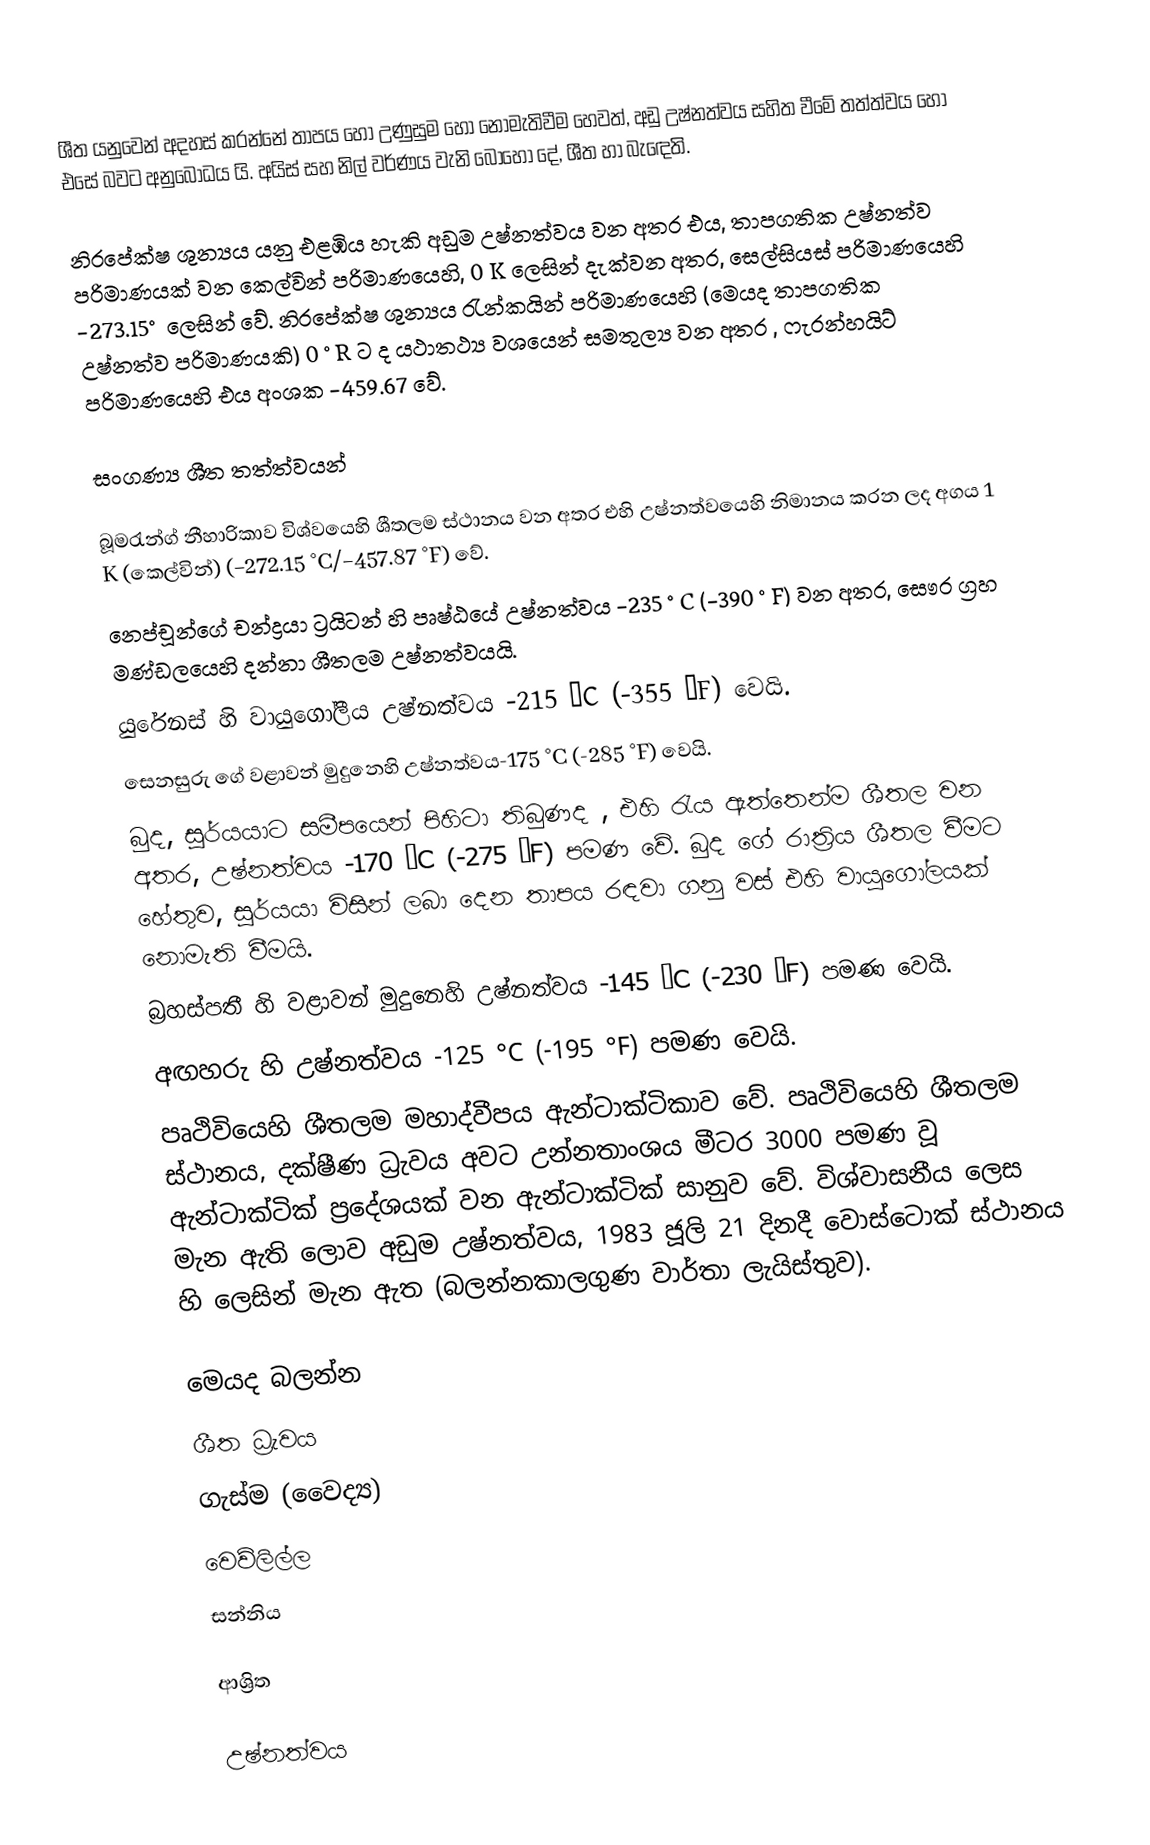
ශීත යනුවෙන් අදහස් කරන්නේ  තාපය හෝ උණුසුම හෝ නොමැතිවීම හෙවත්, අඩු උෂ්නත්වය සහිත වීමේ තත්ත්වය හෝ එසේ බවට අනුබෝධය යි.  අයිස් සහ නිල් වර්ණය වැනි බොහෝ දේ, ශීත හා බැඳෙති.

නිරපේක්ෂ ශුන්‍යය යනු එළඹිය හැකි අඩුම උෂ්නත්වය වන අතර එය,  තාපගතික උෂ්නත්ව පරිමාණයක් වන කෙල්වින් පරිමාණයෙහි, 0 K ලෙසින් දැක්වන අතර,  සෙල්සියස් පරිමාණයෙහි −273.15°  ලෙසින් වේ. නිරපේක්ෂ ශුන්‍යය  රැන්කයින් පරිමාණයෙහි  (මෙයද තාපගතික උෂ්නත්ව පරිමාණයකි) 0 °R ට ද  යථාතථ්‍ය වශයෙන් සමතුල්‍ය වන අතර ,  ෆැරන්හයිට් පරිමාණයෙහි එය අංශක −459.67 වේ.

සංගණ්‍ය ශීත තත්ත්වයන්

බූමරැන්ග් නීහාරිකාව  විශ්වයෙහි ශීතලම ස්ථානය වන අතර එහි උෂ්නත්වයෙහි නිමානය කරන ලද අගය  1 K (කෙල්වින්) (−272.15 °C/−457.87 °F) වේ.
 නෙප්චූන්ගේ චන්ද්‍රයා ට්‍රයිටන් හි පෘෂ්ඨයේ උෂ්නත්වය -235 °C (-390 °F) වන අතර, සෞර ග්‍රහ මණ්ඩලයෙහි දන්නා ශීතලම උෂ්නත්වයයි.
යුරේනස් හි වායුගෝලීය උෂ්නත්වය -215 °C (-355 °F) වෙයි.
සෙනසුරු ගේ වළාවන් මුදුනෙහි උෂ්නත්වය-175 °C (-285 °F) වෙයි.
බුද, සූර්යයාට සමීපයෙන් පිහිටා තිබුණද , එහි රැය ඇත්තෙන්ම ශීතල වන අතර, උෂ්නත්වය -170 °C (-275 °F) පමණ වේ. බුද ගේ රාත්‍රිය ශීතල වීමට හේතුව, සූර්යයා විසින් ලබා දෙන තාපය රඳවා ගනු වස් එහි  වායුගෝලයක් නොමැති වීමයි.
බ්‍රහස්පතී හි වළාවන් මුදුනෙහි උෂ්නත්වය -145 °C (-230 °F) පමණ වෙයි.
අඟහරු හි උෂ්නත්වය  -125 °C (-195 °F) පමණ වෙයි.
 පෘථිවියෙහි ශීතලම මහාද්වීපය ඇන්ටාක්ටිකාව වේ. පෘථිවියෙහි ශීතලම ස්ථානය,  දක්ෂීණ ධ්‍රැවය අවට  උන්නතාංශය  මීටර 3000 පමණ වූ ඇන්‍ටාක්ටික් ප්‍රදේශයක් වන ඇන්ටාක්ටික් සානුව වේ.  විශ්වාසනීය ලෙස මැන ඇති ලොව අඩුම උෂ්නත්වය, 1983 ජූලි 21 දිනදී වොස්ටොක් ස්ථානය හි  ලෙසින් මැන ඇත  (බලන්නකාලගුණ වාර්තා ලැයිස්තුව).

මෙයද බලන්න
ශීත ධ්‍රැවය
ගැස්ම (වෛද්‍ය)
වෙව්ලිල්ල
සන්නිය

ආශ්‍රිත

උෂ්නත්වය